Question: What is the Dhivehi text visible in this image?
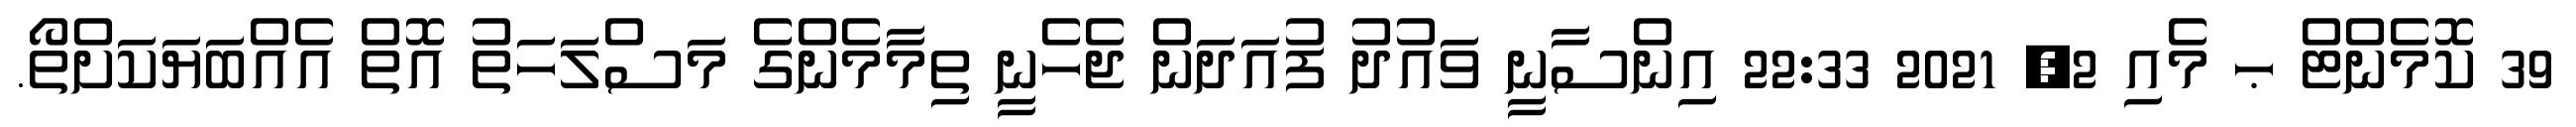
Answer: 39 ކޮމެންޓް ޙ މެއި 2, 2021 22:33 އިންސާނީ ވައުދު ފުއަދަން ޖެހެނީ ތިމާމެންގެ މަސްލަހަތު އޮތް އެއްބަޔަކަށްތޯ.